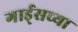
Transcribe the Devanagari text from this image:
गार्ड्‌सच्या